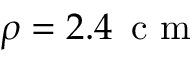
\rho = 2 . 4 \, \mathrm { ~ c ~ m ~ }